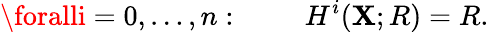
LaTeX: \foralli=0,\ldots,n:\qquad\ H^{i}(\mathbf{X};R)=R.